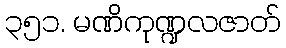
၃၅၁. မဏိကုဏ္ဍလဇာတ်